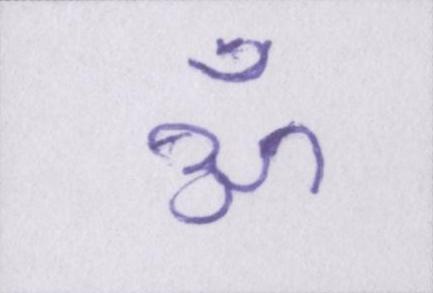
ॐ